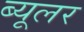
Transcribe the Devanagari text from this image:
ब्यूलर